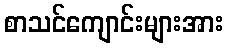
စာသင်ကျောင်းများအား